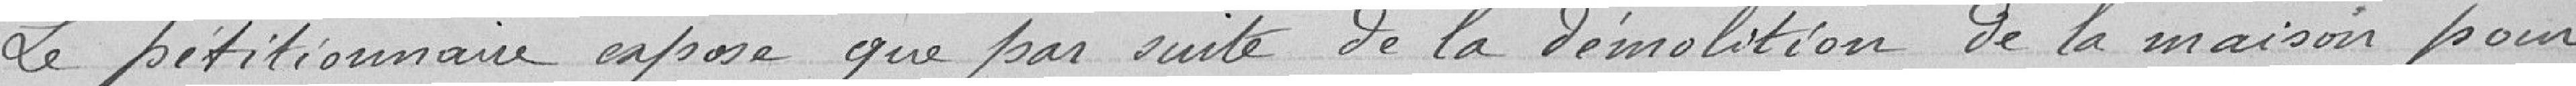
Le pétitionnaire expose que par suite de la démolition de la maison pour